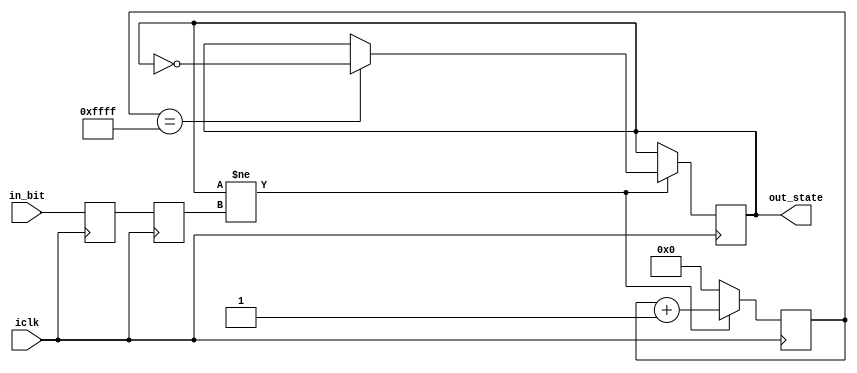
// iclk = clock input
// in_bit = input from toggle switch
// out_state = output that flows into program
module switchDebounce(iclk, in_bit, out_state);

    input iclk;
    input in_bit;
    output reg out_state; 
    
    reg current_bit;
    reg prev_bit;
    reg [15:0] count_bit_diff;
    
    always @(posedge iclk) begin
        // store current and previous input bit from switch 
        current_bit <= in_bit; 
        prev_bit <= current_bit;
        
        // if previous input bit is different from current 
        if(out_state != prev_bit) begin
            // increment the count
            count_bit_diff <= count_bit_diff + 1'b1;  
             
            // When count has reached 2^16 - 1, 
            // toggle the current state 
            if(count_bit_diff == 16'hffff) 
                out_state <= ~out_state;  
        end
        else begin
            // reset count to 0 
            // when state equal to previous input bit
            count_bit_diff <= 0;
        end 
    end 
endmodule